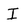
Character: I